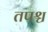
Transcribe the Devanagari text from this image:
तपश्च